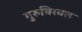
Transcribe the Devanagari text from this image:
गुरुबिरबल